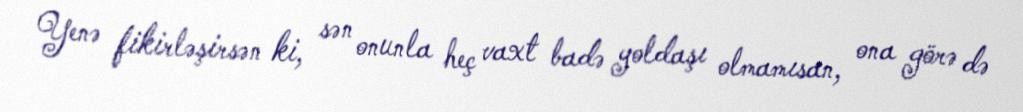
Yenə fikirləşirsən ki, sən onunla heç vaxt badə yoldaşı olmamısan, ona görə də